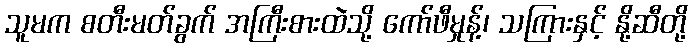
သူမက စတီးမတ်ခွက် အကြီးစားထဲသို့ ကော်ဖီမှုန့်၊ သကြားနှင့် နို့ဆီတို့